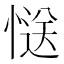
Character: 𭞅